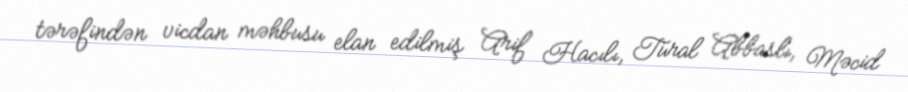
tərəfindən vicdan məhbusu elan edilmiş Arif Hacılı, Tural Abbaslı, Məcid